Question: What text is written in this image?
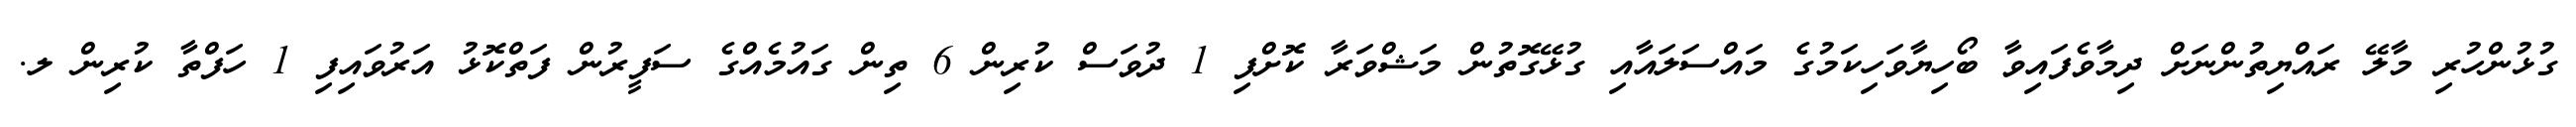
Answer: ގުޅުންހުރި މާލޭ ރައްޔިތުންނަށް ދިމާވެފައިވާ ބޯހިޔާވަހިކަމުގެ މައްސަލައާއި ގުޅޭގޮތުން މަޝްވަރާ ކޮށްފި 1 ދުވަސް ކުރިން 6 ތިން ގައުމެއްގެ ސަފީރުން ފަތްކޮޅު އަރުވައިފި 1 ހަފްތާ ކުރިން ލ.